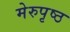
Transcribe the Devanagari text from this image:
मेरुपृष्ठ